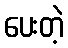
ပေးတဲ့